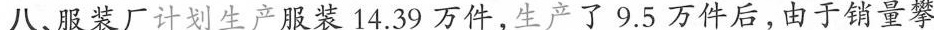
八、服装厂计划生产服装14.39万件，生产了9.5万件后，由于销量攀